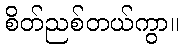
စိတ်ညစ်တယ်ကွာ။